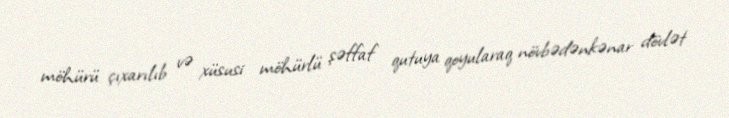
möhürü çıxarılıb və xüsusi möhürlü şəffaf qutuya qoyularaq növbədənkənar dövlət